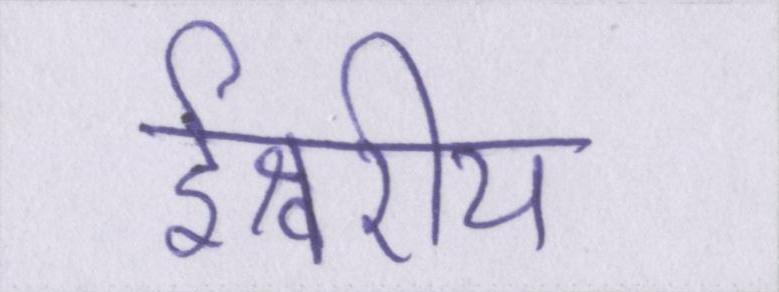
ईश्वरीय